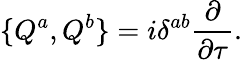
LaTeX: \{ Q^{a},Q^{b}\} =i\delta^{ab}\frac{\partial}{\partial\tau}.